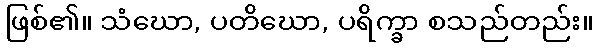
ဖြစ်၏။ သံဃော, ပတိဃော, ပရိက္ခာ စသည်တည်း။